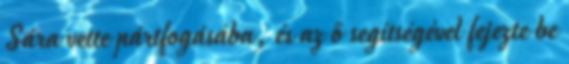
Sára vette pártfogásába, és az ő segítségével fejezte be